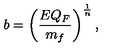
b = \left( { \frac { E Q _ { F } } { m _ { f } } } \right) ^ { \frac { 1 } { n } } ,